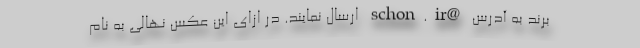
برند به آدرس @schon.ir ارسال نمایند. در ازای این عکس نهالی به نام